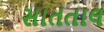
સાતતાલ